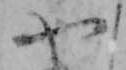
や